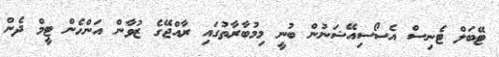
ޓޭބަލް ޓެނިސް އެސޯސިއޭޝަނުން ބުނީ މިމުބާރާތުގައި ރާއްޖޭގެ ޒުވާން އަންހެން ޓީމް ދެން